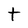
Character: t